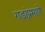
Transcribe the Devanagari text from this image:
गडांप्रमाणे